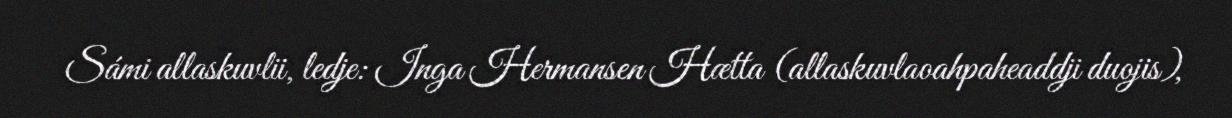
Sámi allaskuvlii, ledje: Inga Hermansen Hætta (allaskuvlaoahpaheaddji duojis),